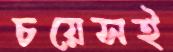
চয়েসই